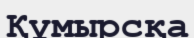
Құмырсқа